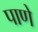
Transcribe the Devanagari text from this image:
पाणे